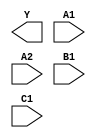
/**
 * Copyright 2020 The SkyWater PDK Authors
 *
 * Licensed under the Apache License, Version 2.0 (the "License");
 * you may not use this file except in compliance with the License.
 * You may obtain a copy of the License at
 *
 *     https://www.apache.org/licenses/LICENSE-2.0
 *
 * Unless required by applicable law or agreed to in writing, software
 * distributed under the License is distributed on an "AS IS" BASIS,
 * WITHOUT WARRANTIES OR CONDITIONS OF ANY KIND, either express or implied.
 * See the License for the specific language governing permissions and
 * limitations under the License.
 *
 * SPDX-License-Identifier: Apache-2.0
 */

`ifndef SKY130_FD_SC_LS__O211AI_BLACKBOX_V
`define SKY130_FD_SC_LS__O211AI_BLACKBOX_V

/**
 * o211ai: 2-input OR into first input of 3-input NAND.
 *
 *         Y = !((A1 | A2) & B1 & C1)
 *
 * Verilog stub definition (black box without power pins).
 *
 * WARNING: This file is autogenerated, do not modify directly!
 */

`timescale 1ns / 1ps
`default_nettype none

(* blackbox *)
module sky130_fd_sc_ls__o211ai (
    Y ,
    A1,
    A2,
    B1,
    C1
);

    output Y ;
    input  A1;
    input  A2;
    input  B1;
    input  C1;

    // Voltage supply signals
    supply1 VPWR;
    supply0 VGND;
    supply1 VPB ;
    supply0 VNB ;

endmodule

`default_nettype wire
`endif  // SKY130_FD_SC_LS__O211AI_BLACKBOX_V